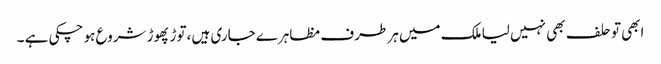
ابھی تو حلف بھی نہیں لیا ملک میں ہر طرف مظاہرے جاری ہیں ،توڑ پھوڑ شروع ہو چکی ہے ۔